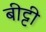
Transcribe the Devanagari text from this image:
बीट्टी